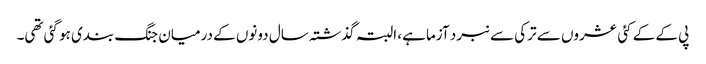
پی کے کے کئی عشروں سے ترکی سے نبرد آزما ہے، البتہ گذشتہ سال دونوں کے درمیان جنگ بندی ہو گئی تھی۔